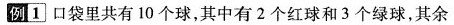
例1]口袋里共有10个球，其中有2个红球和3个绿球，其余